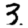
Digit: 3